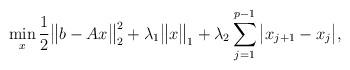
LaTeX: \begin{align*}\min_x \frac{1}{2}\big\|b-Ax\big\|_2^2 + \lambda_1\big\|x\big\|_1+ \lambda_2 \sum_{j=1}^{p-1} \big|x_{j+1} - x_j\big|,\end{align*}